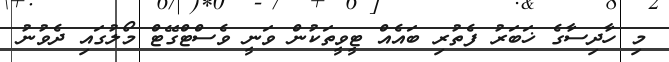
މި ހާދިސާގެ ޚަބަރު ފެތުރި ބައެއް ޓީވީތަކުން ވަނީ ވެސްޓްގޭޓް މޯލުގައި ދެވުނު